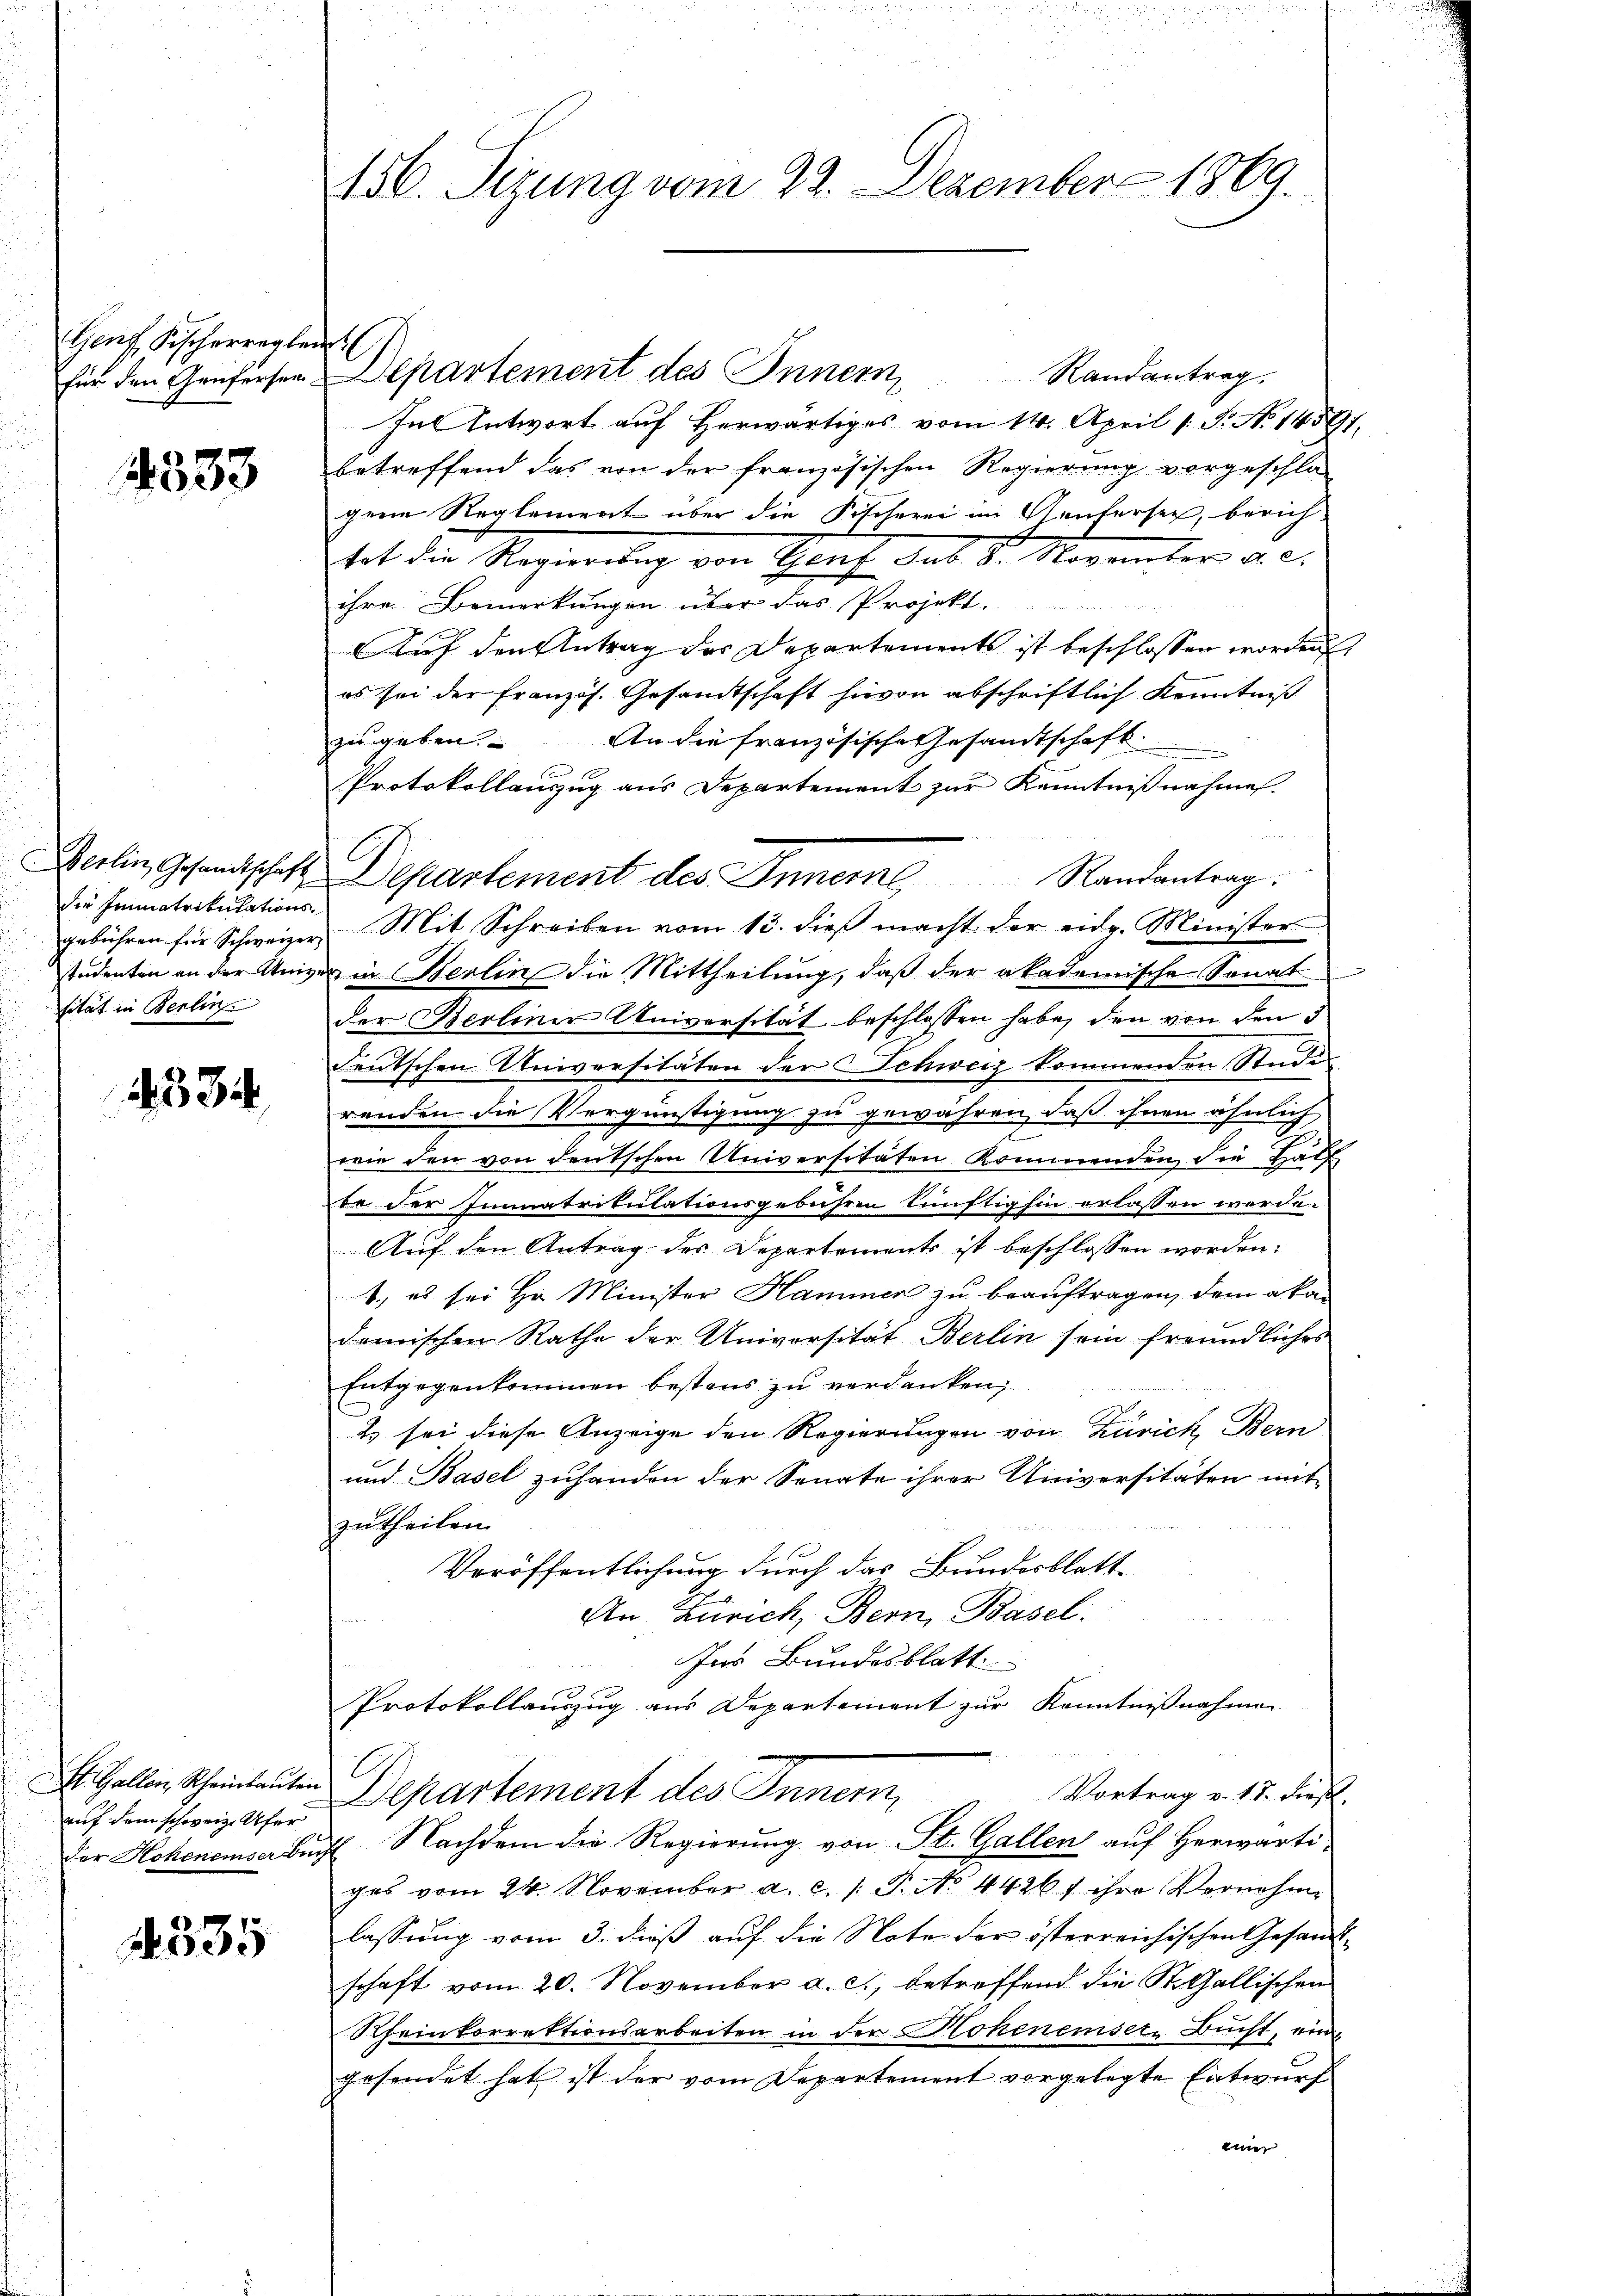
en Fischerreglei

4333

2334

auf dem schweiz. Ufer

4335

die Immatrikulationssität in Berlin

156. Sizung vom 22. Dezember 1869.

für den Genfersen Departement des Innern Randantrag.
Fut Entwort auf Herwärtiges vom 14. April 1. P. No 14597.
betreffend das von der französischen Regierung vorgeschla-
gene Reglement über die Fischerei im Gantersee, berichhat der Regierung von Straf das 8. November a.c.
ihre Bemerkungen über das Projekt.
Auf den Antrag des Departements ist beschlossen worden,
es sei der Französ. Gesandtschaft hievon abschriftlich Kenntniß
zugeben. An die französische Gesandtschaft.
Protokollauszug aus Departement zur Kenntnißnahme.
Berlin, Gesandtschaft Departement des Innerne Randantrag.
gebühren für Schweizer, Mit Schreiben vom 13. dieβ macht der eidg. Minister
studenten an der Univer in Berlin die Mittheilung, daß der akademische Sonat
der Berliner Universität beschlossen habe, den von den d
deutschen Universitäten der Schweiz kommenden Studirenden die Vergünstigung zu gewähren, daß ihnen ähnlich
wie den von deutschen Universitäten kommenden die hatt
be der Immatrikulationsgebühren künftighin erlassen werde.
Auf den Antrag des Departements ist beschlossen worden.
1., es sei Hr. Minister Hammer zu beauftragen, dem aka-
demischen Rathe der Universität Berlin sein freundliches
Entgegenkommen bestens zu verdanken,
2 sei diese Anzeige den Regierungen von Zürich, Bern
und Basel zuhanden der Senate ihrer Universitäten mit-
zutheilen.
Veröffentlichung durch das Bundesblatt-
An Zürich, Bern, Basel.
Ins Bundesblatt.
Protokollauszug aus Departement zur Kenntnißnahmen
E
t. Gallen Scheinleuten Departement des Innern,
Vortrag v. 18. dies
der Hohenenser Bucht. Nachdem die Regierung von St. Gallen auf Herwärti
ges vom 24. November a. c. l. J. No. 44267 ihre Vernehme
lassung vom 3. dieß auf die Note der österreichischen Gesandtschaft vom 20. November a. c., betreffend die St. Gallischen
Rheinkorrektionsarbeiten in der Hohenensere Bucht, ein
gesendet hat ist der vom Departement vorgelegte Entwurf
eine